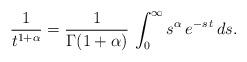
\begin{align*}\frac{1}{t^{1+\alpha}} = \frac{1}{\Gamma(1+\alpha)}\,\int_0^{\infty}s^{\alpha}\,e^{-s\,t}\,ds.\end{align*}